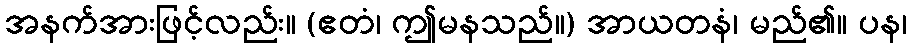
အနက်အားဖြင့်လည်း။ (ဧတံ၊ ဤမနသည်။) အာယတနံ၊ မည်၏။ ပန၊